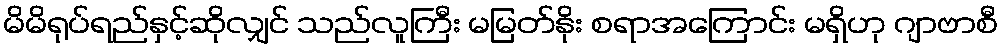
မိမိရုပ်ရည်နှင့်ဆိုလျှင် သည်လူကြီး မမြတ်နိုး စရာအကြောင်း မရှိဟု ဂျာဗာစီ